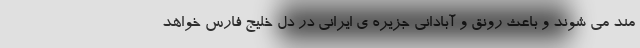
مند می شوند و باعث رونق و آبادانی جزیره ی ایرانی در دل خلیج فارس خواهد